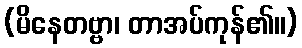
(မိနေတဗ္ဗာ၊ တာအပ်ကုန်၏။)